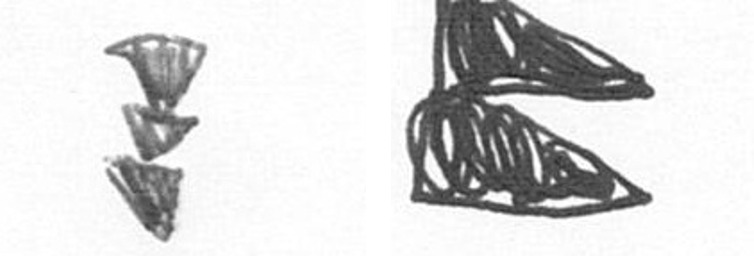
E P